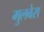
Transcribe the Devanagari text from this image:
मुलबेस